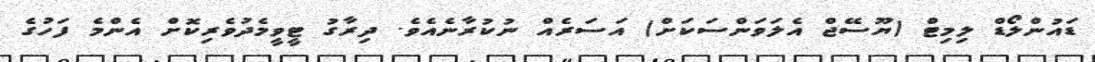
ޑައުންލޯޑް ލިމިޓް (ޔޫސޭޖް އެލަވަންސަކަށް) އަސަރެއް ނުކުރާނެއެވެ. ދިރާގު ޓީވީމެދުވެރިކޮށް އެންމެ ފަހުގެ